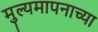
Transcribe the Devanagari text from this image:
मुल्यमापनाच्या